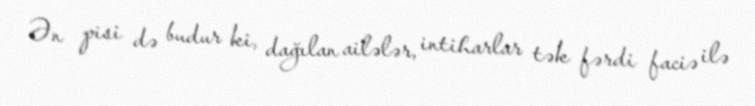
Ən pisi də budur ki, dağılan ailələr, intiharlar tək fərdi faciə ilə